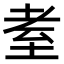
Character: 耊